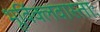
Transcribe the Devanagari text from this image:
भूर्विक्लवास्ताः